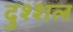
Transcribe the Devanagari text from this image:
दुश्शल